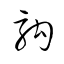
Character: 駒